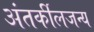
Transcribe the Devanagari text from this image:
अंतर्कीलजन्य